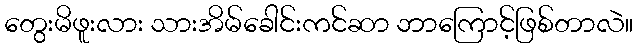
တွေးမိဖူးလား သားအိမ်ခေါင်းကင်ဆာ ဘာကြောင့်ဖြစ်တာလဲ။